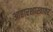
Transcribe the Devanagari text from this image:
आहारशास्त्रावर